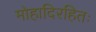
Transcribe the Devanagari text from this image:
मोहादिरहितः